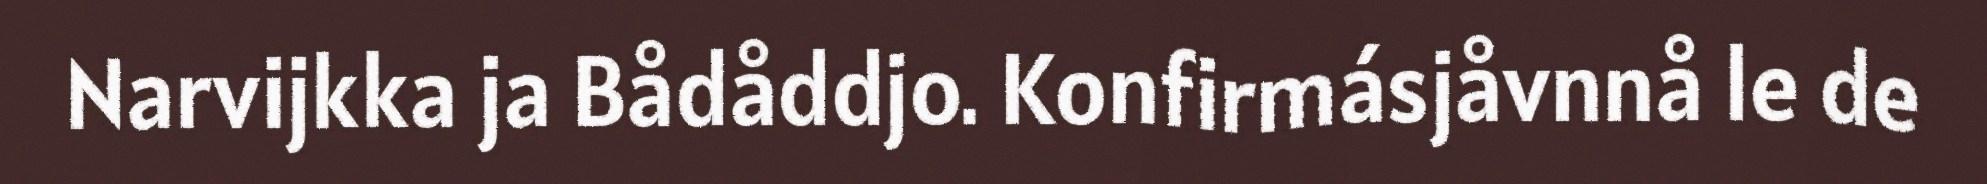
Narvijkka ja Bådåddjo. Konfirmásjåvnnå le de